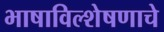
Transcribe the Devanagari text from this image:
भाषाविल्शेषणाचे